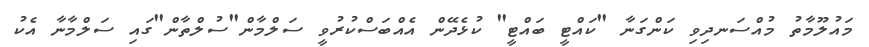
މައުލޫމާތު މުއްސަނދިވި ކަންގަނާ "ކައްޓީ ބައްޓީ" ކުޅެދޭން އެއްބަސްކުރުވީ ސަލްމާން"ސުލްތާން"ގައި ސަލްމާނާ އެކު